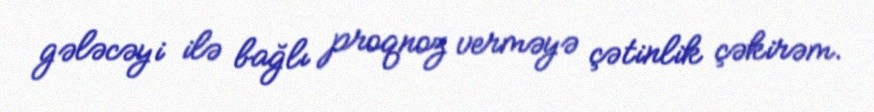
gələcəyi ilə bağlı proqnoz verməyə çətinlik çəkirəm.